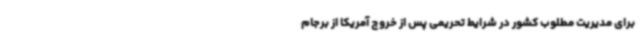
برای مدیریت مطلوب‌ کشور در شرایط تحریمی پس از خروج آمریکا از برجام